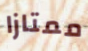
ممتازا